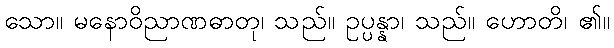
သော။ မနောဝိညာဏဓာတု၊ သည်။ ဥပ္ပန္နာ၊ သည်။ ဟောတိ၊ ၏။